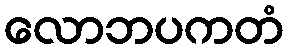
လောဘပကတံ